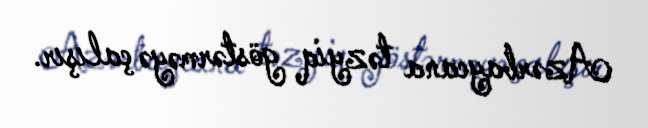
Azərbaycana təzyiq göstərməyə çalışır.